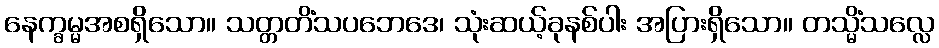
နေက္ခမ္မအစရှိသော။ သတ္တတိံသပဘေဒေ၊ သုံးဆယ့်ခုနစ်ပါး အပြားရှိသော။ တသ္မိံသလ္လေ